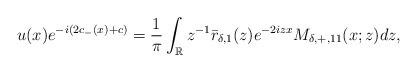
LaTeX: \begin{align*}\begin{aligned}u(x)e^{-i(2c_-(x)+c)}&=\frac{1}{\pi} \int_{\mathbb{R}} z^{-1}\bar{r}_{\delta,1}(z) e^{-2izx} M_{\delta,+,11}(x;z) dz,\end{aligned}\end{align*}